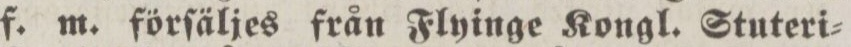
f. m. förſäljes från Flyinge Kongl. Stuteri=